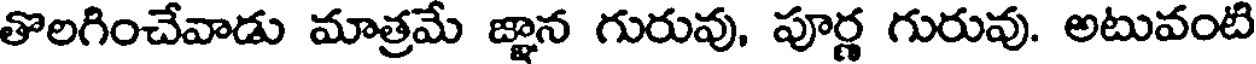
తొలగించేవాడు మాత్రమే జ్ఞాన గురువు, పూర్ణ గురువు. అటువంటి